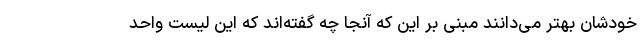
خودشان بهتر می‌دانند مبنی بر این که آنجا چه گفته‌اند که این لیست واحد